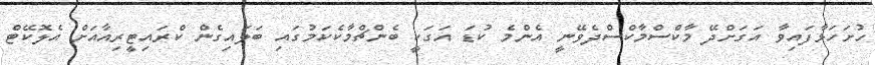
ހުށަހަޅާފައިވާ އަގަށްދޭ މާކްސްމާކްސްދެވޭނީ އެންމެ ކުޑަ އަގަކީ ބެންޗްމާކެކަމުގައި ބަލައިގެން ކްރައިޓީރިއާއަށް އެލޮކޭޓް